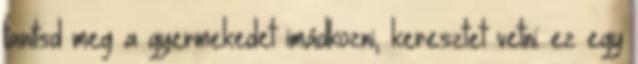
tanítsd meg a gyermekedet imádkozni, keresztet vetni: ez egy